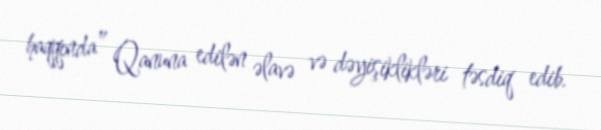
haqqında” Qanuna edilən əlavə və dəyişiklikləri təsdiq edib.